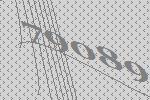
79089